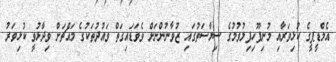
އެމްޑީޕީގެ ކުޅިވަރާއި މުނިފޫހިފިލުވުމުގެ ސިޔާސަތުގައި ޒުވާނުންނަށް ވެވަޑައިގަތް ވައުދުތަކުގެ މައްޗަށް ވިދާޅުވީ ކުޅިވަރު